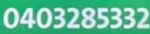
0403285332